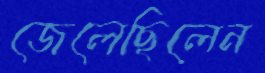
জেলেছিলেন